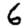
Digit: 6